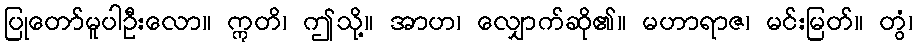
ပြုတော်မူပါဦးလော။ ဣတိ၊ ဤသို့။ အာဟ၊ လျှောက်ဆို၏။ မဟာရာဇ၊ မင်းမြတ်။ တွံ၊